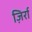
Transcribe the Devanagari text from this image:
ज़िर्रा